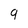
Character: 9